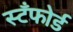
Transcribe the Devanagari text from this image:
स्टँफोर्ड